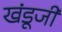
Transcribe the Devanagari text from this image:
खंडूजी